Indian journal of veterinary science and animal husbandry - Volume 13,
Year: 1943
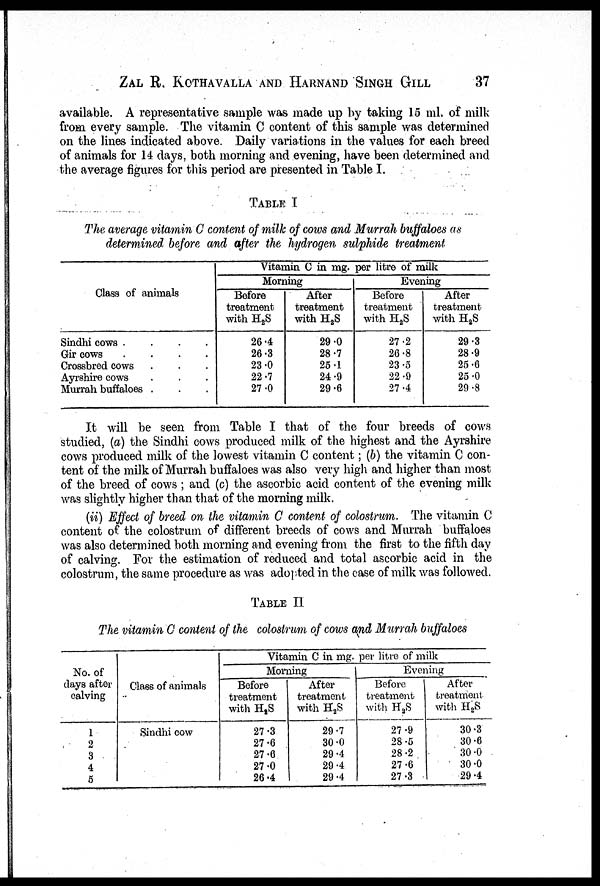
ZAL R. KOTHAVALLA AND HARNAND SINGH GILL 37
available. A representative sample was made up by taking 15 ml. of milk
from every sample. The vitamin C content of this sample was determined
on the lines indicated above. Daily variations in the values for each breed
of animals for 14 days, both morning and evening, have been determined and
the average figures for this period are presented in Table I.
TABLE I
The average vitamin C content of milk of cows and Murrah buffaloes as
determined before and after the hydrogen sulphide treatment
Class of animals
Sindhi cows
....
Gir cows . . . .
Crossbred cows....
Ayrshire cows....
Murrah buffaloes. . .
Vitamin C in mg. per litre of milk
Morning
Before
treatment
with H 2 S
26.4
26.3
23.0
22.7
27.0
After
treatment
with H 2 S
29.0
28.7
25.1
24.9
29.6
Evening
Before
treatment
with H 2 S
27.2
26.8
23.5
22.9
27.4
After
treatment
with H 2 S
29.3
28.9
25.6
25.0
29.8
It will be seen from Table I that of the four breeds of cows
studied, (a) the Sindhi cows produced milk of the highest and the Ayrshire
cows produced milk of the lowest vitamin C content; (b) the vitamin C con-
tent of the milk of Murrah buffaloes was also very high and higher than most
of the breed of cows ; and (c) the ascorbic acid content of the evening milk
was slightly higher than that of the morning milk.
(ii) Effect of breed on the vitamin C content of colostrum. The vitamin C
content of the colostrum of different breeds of cows and Murrah buffaloes
was also determined both morning and evening from the first to the fifth day
of calving. For the estimation of reduced and total ascorbic acid in the
colostrum, the same procedure as was adopted in the case of milk was followed.
TABLE II
The vitamin C content of the colostrum of cows and Murrah buffaloes
No. of
days after
calving
1
2
3
4
5
Class of animals
Sindhi cow
Vitamin C in mg.per litre of milk
Morning
Before
treatment
with H 2 S
27.3
27.6
27.6
27.0
26.4
After
treatment
with H 2 S
29.7
30.0
29.4
29.4
29.4
Evening
Before
treatment
with H 2 S
27.9
28.5
28.2
27.6
27.3
After
treatment
with H 2 S
30.3
30.6
30.0
30.0
29.4